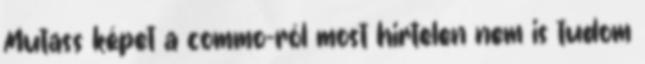
Mutass képet a commo-ról most hirtelen nem is tudom